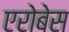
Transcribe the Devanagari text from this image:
एरोबेस